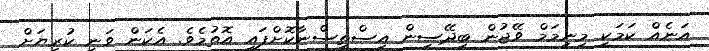
އަނެއް ކަމަކީ މިނިމަމް ވޭޖުން ބިދޭސީން އިސްތިސްނާކޮށްފައި އޮތުމެވެ. އެކަން ވަނީ ކުރިޔަށް